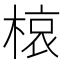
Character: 𭫊